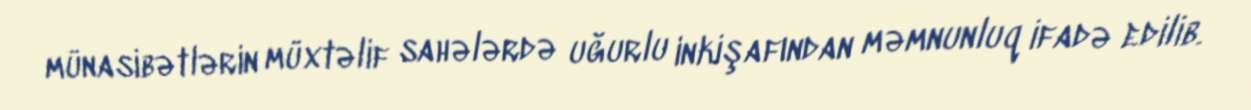
münasibətlərin müxtəlif sahələrdə uğurlu inkişafından məmnunluq ifadə edilib.